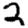
Digit: 2